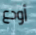
أودع